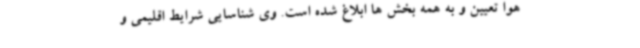
هوا تعیین و به همه بخش ها ابلاغ شده است. وی شناسایی شرایط اقلیمی و